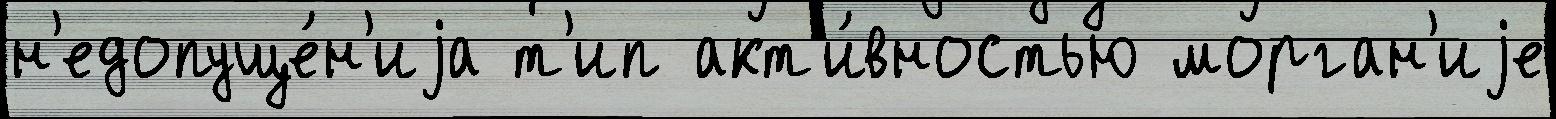
н'едопуще́н'иjа т'ип акт'и́вностью морган'иjе